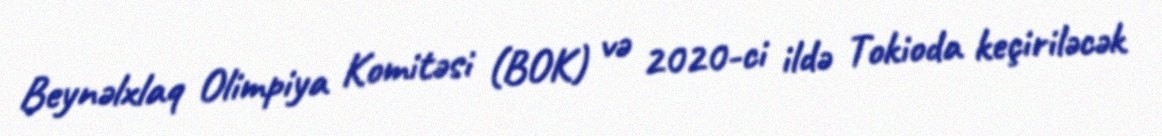
Beynəlxlaq Olimpiya Komitəsi (BOK) və 2020-ci ildə Tokioda keçiriləcək